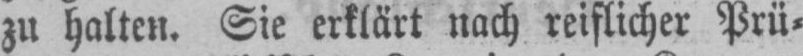
zu halten. Sie erklärt nach reiflicher Prü⸗